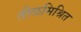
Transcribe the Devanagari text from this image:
तीळमिश्रित